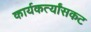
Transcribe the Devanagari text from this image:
कार्यकर्त्यांसकट